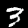
Label: 3